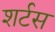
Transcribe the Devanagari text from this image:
शर्टस